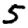
Digit: 5